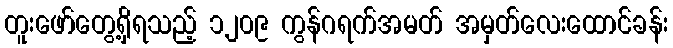
တူးဖော်တွေ့ရှိရသည့် ၁၂၀၉ ကွန်ဂရက်အမတ် အမှတ်လေးထောင်ခန်း